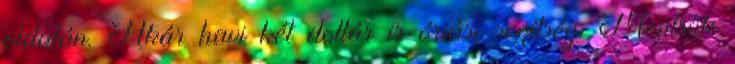
oldalán. Akár havi két dollár is óriási segítség. Mentsük